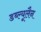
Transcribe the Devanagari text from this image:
डब्ल्यूलैन